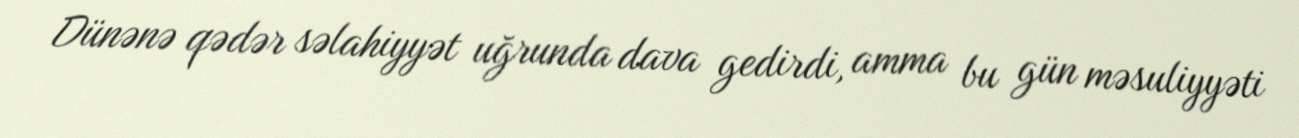
Dünənə qədər səlahiyyət uğrunda dava gedirdi, amma bu gün məsuliyyəti